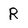
Character: R